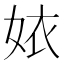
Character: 㛄